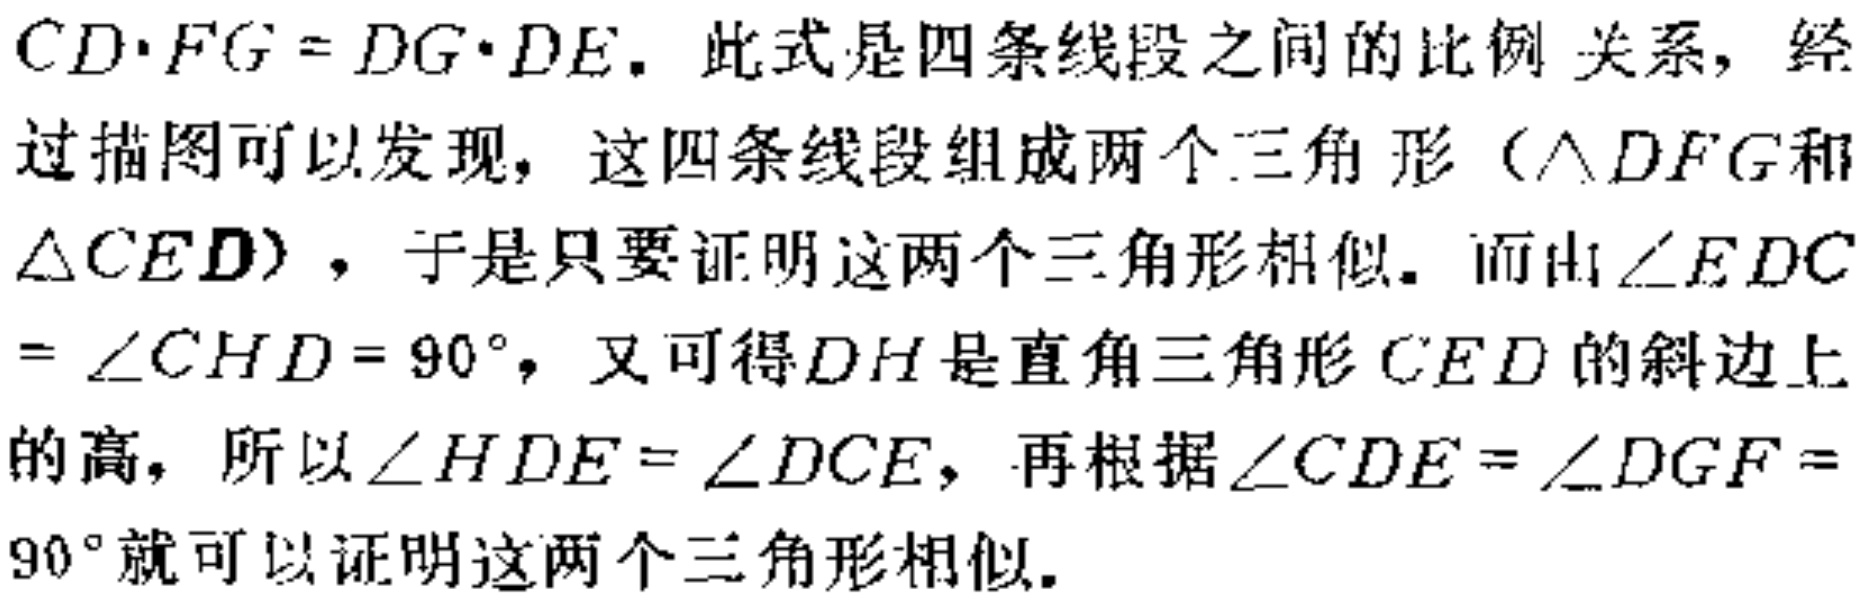
$CD\cdot FG = DG\cdot DE$. 此式是四条线段之间的比例 关系，经过描图可以发现，这四条线段组成两个三角形（$\triangle DFG$和$\triangle CED$），于是只要证明这两个三角形相似. 而由$\angle EDC=\angle CHD = 90^{\circ}$，又可得$DH$是直角三角形$CED$的斜边上的高，所以$\angle HDE=\angle DCE$，再根据$\angle CDE=\angle DGF = 90^{\circ}$就可以证明这两个三角形相似.